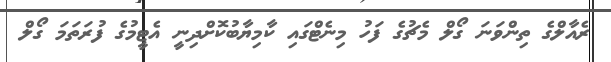
ރެއާލްގެ ތިންވަނަ ގޯލް މެޗުގެ ފަހު މިނެޓްގައި ކާމިޔާބުކޮށްދިނީ އެޓީމުގެ ފުރަތަމަ ގޯލް